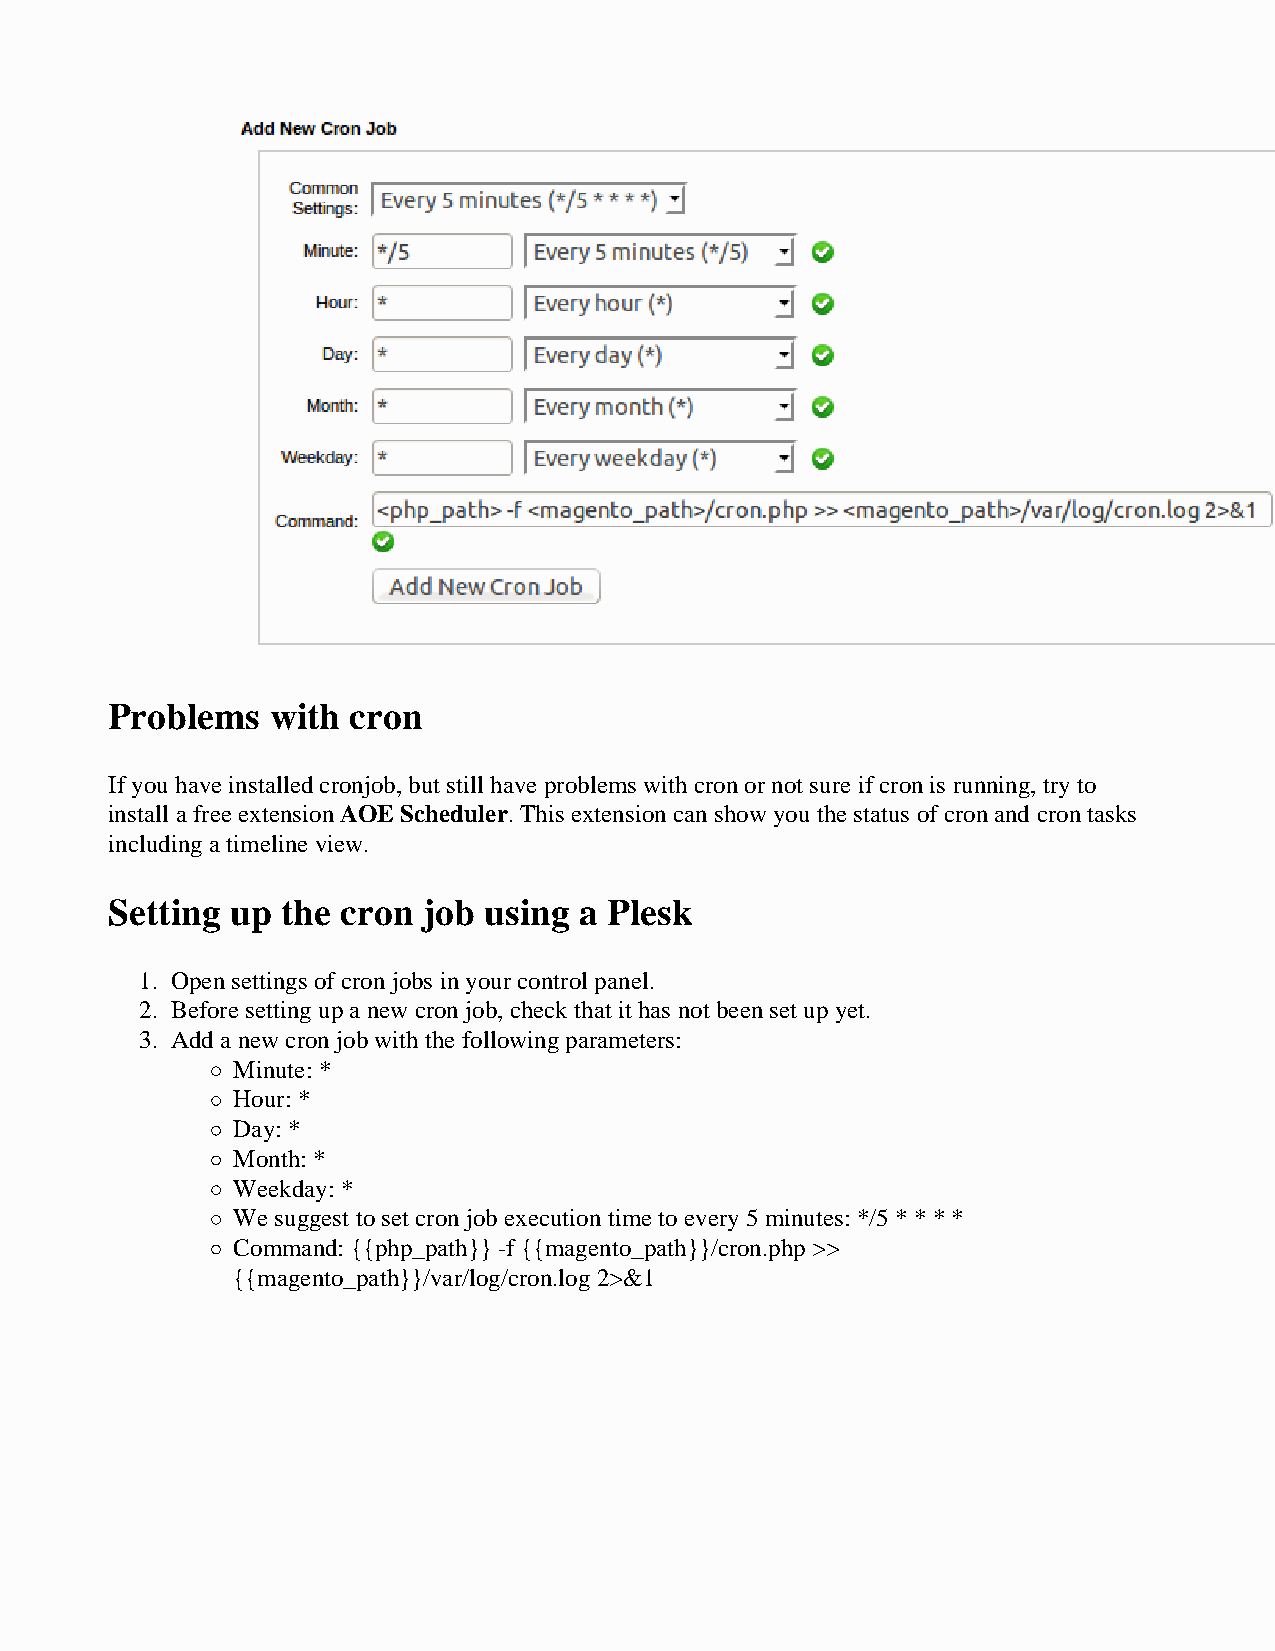
Problems   with cron
 If you have installed cronjob, but still have problems with cron or not sure if cron is running, try to
 install a free extension AOE Scheduler. This extension can show you the status of cron and cron tasks
 including a timeline view.
 Setting up  the cron job using a Plesk
 1. Open settings of cron jobs in your control panel.
 2. Before setting up a new cron job, check that it has not been set up yet.
 3. Add a new cron job with the following parameters:
 Minute: *
 Hour: *
 Day: *
 Month: *
 Weekday: *
 We suggest to set cron job execution time to every 5 minutes: */5 * * * *
 Command: {{php_path}} -f {{magento_path}}/cron.php >>
 {{magento_path}}/var/log/cron.log 2>&1